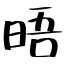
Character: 晤